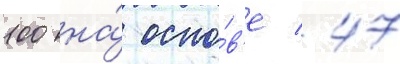
100 на́ осно́в'е 47